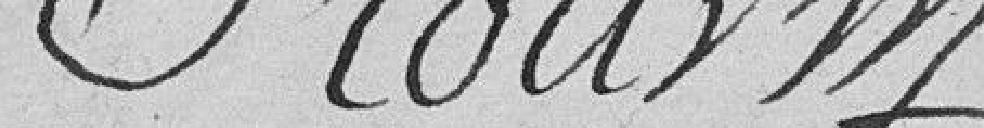
Stourm